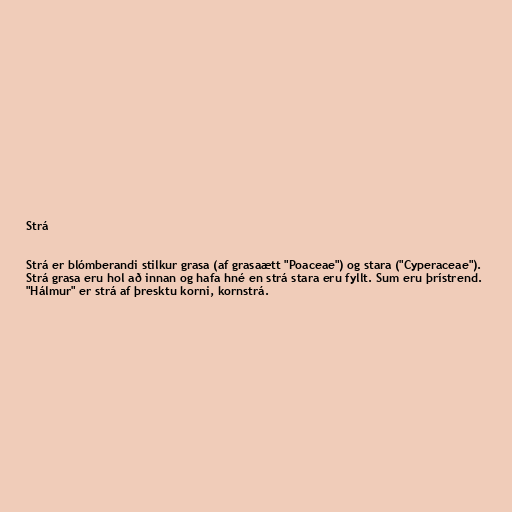
Strá

Strá er blómberandi stilkur grasa (af grasaætt "Poaceae") og stara ("Cyperaceae").
Strá grasa eru hol að innan og hafa hné en strá stara eru fyllt. Sum eru þrístrend.
"Hálmur" er strá af þresktu korni, kornstrá.